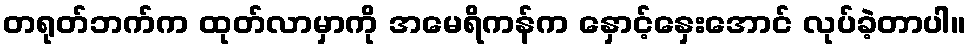
တရုတ်ဘက်က ထုတ်လာမှာကို အမေရိကန်က နှောင့်နှေးအောင် လုပ်ခဲ့တာပါ။